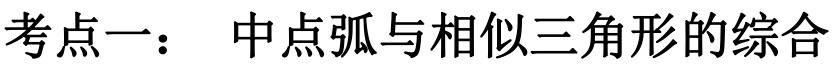
考点一： 中点弧与相似三角形的综合